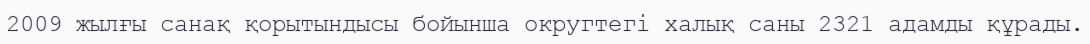
2009 жылғы санақ қорытындысы бойынша округтегі халық саны 2321 адамды құрады.